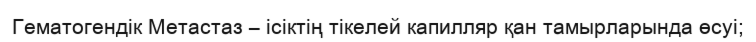
Гематогендік Метастаз – ісіктің тікелей капилляр қан тамырларында өсуі;